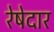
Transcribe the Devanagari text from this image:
रेषेदार